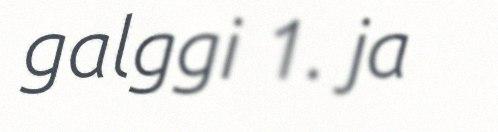
galggi 1. ja